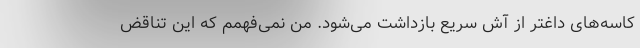
کاسه‌های داغتر از آش سریع بازداشت می‌شود. من نمی‌فهمم که این تناقض